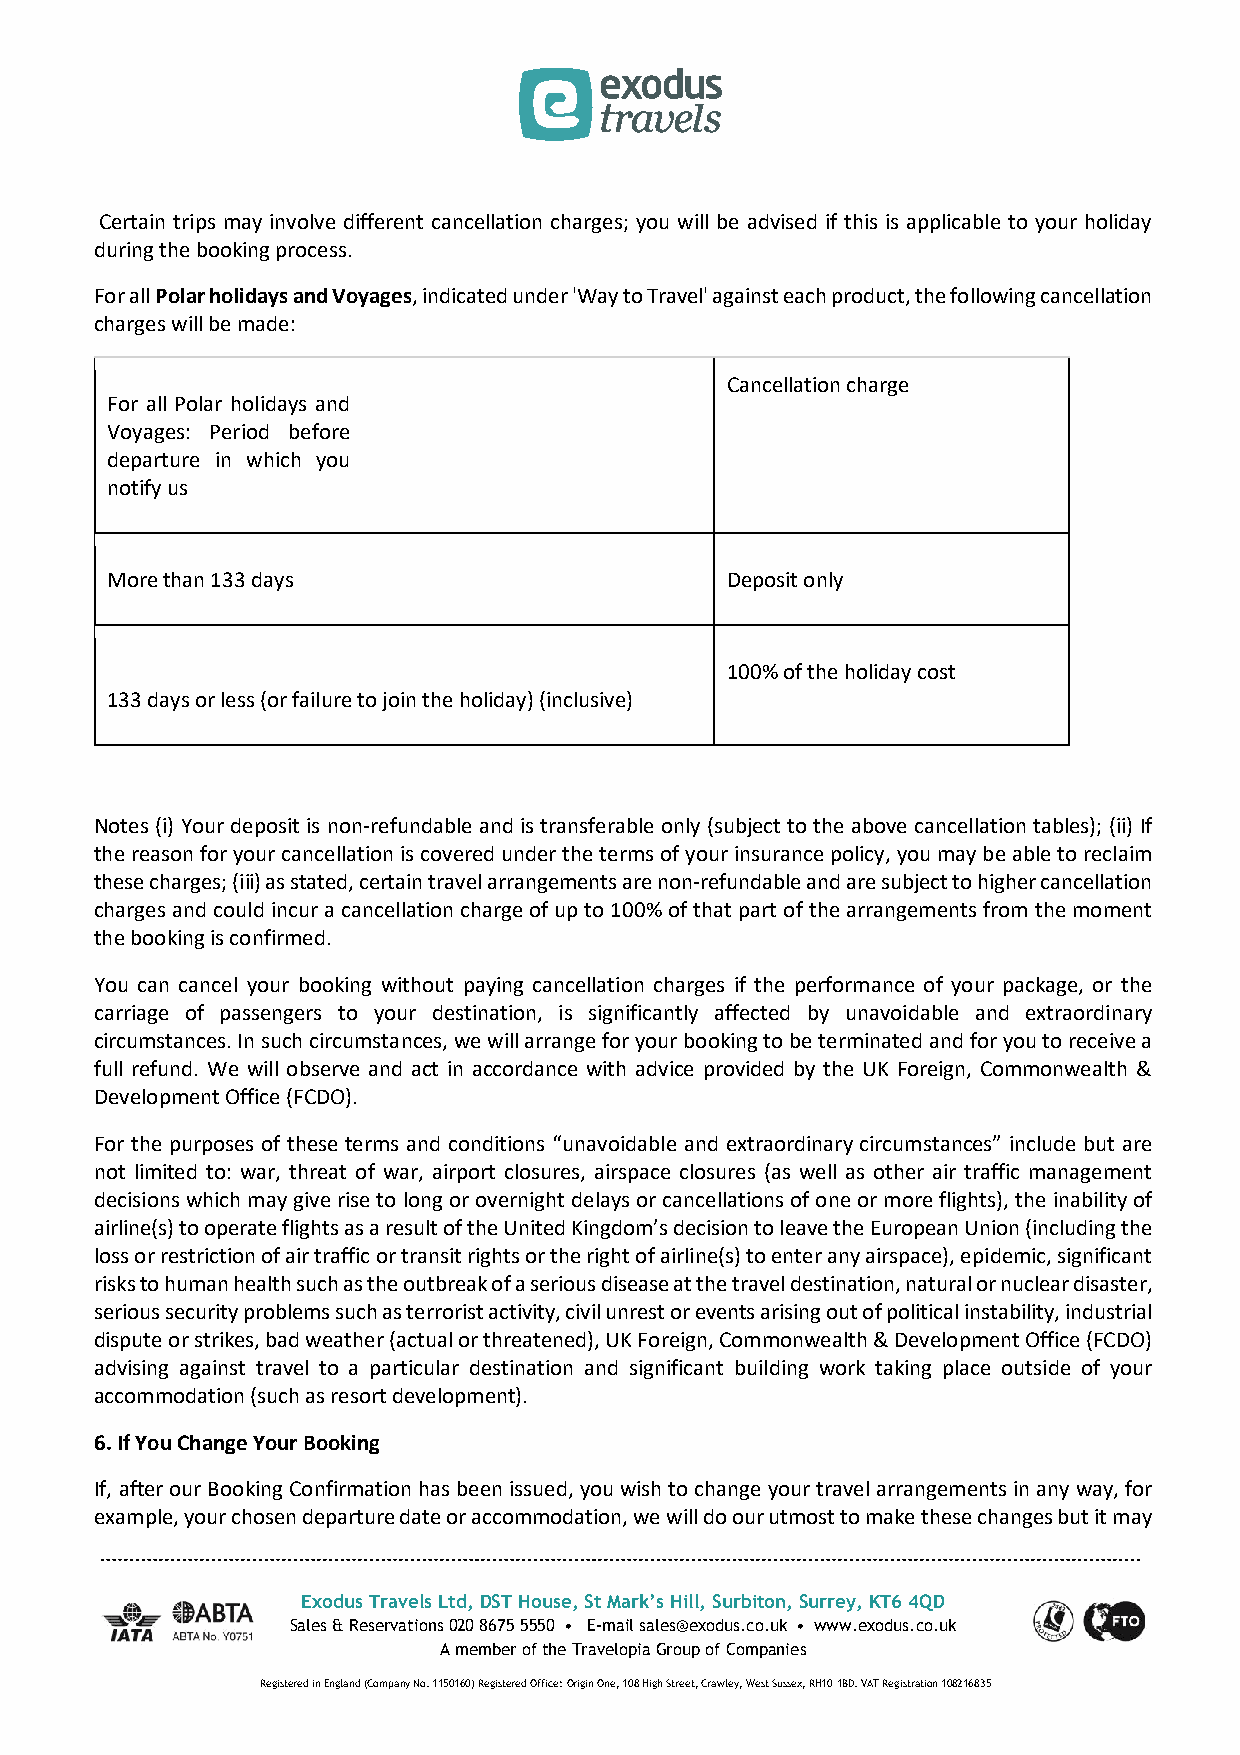
Certain trips may involve different cancellation charges; you will be advised if this is applicable to your holiday
 during the booking process.
 For all Polar holidays and Voyages, indicated under 'Way to Travel' against each product, the following cancellation
 charges will be made:
 Cancellation charge
 For all Polar holidays and
 Voyages: Period before
 departure in which you
 notify us
 More than 133 days                       Deposit only
 100% of the holiday cost
 133 days or less (or failure to join the holiday) (inclusive)
 Notes (i) Your deposit is non-refundable and is transferable only (subject to the above cancellation tables); (ii) If
 the reason for your cancellation is covered under the terms of your insurance policy, you may be able to reclaim
 these charges; (iii) as stated, certain travel arrangements are non-refundable and are subject to higher cancellation
 charges and could incur a cancellation charge of up to 100% of that part of the arrangements from the moment
 the booking is confirmed.
 You can cancel your booking without paying cancellation charges if the performance of your package, or the
 carriage of passengers to your destination, is significantly affected by unavoidable and extraordinary
 circumstances. In such circumstances, we will arrange for your booking to be terminated and for you to receive a
 full refund. We will observe and act in accordance with advice provided by the UK Foreign, Commonwealth &
 Development Office (FCDO).
 For the purposes of these terms and conditions “unavoidable and extraordinary circumstances” include but are
 not limited to: war, threat of war, airport closures, airspace closures (as well as other air traffic management
 decisions which may give rise to long or overnight delays or cancellations of one or more flights), the inability of
 airline(s) to operate flights as a result of the United Kingdom’s decision to leave the European Union (including the
 loss or restriction of air traffic or transit rights or the right of airline(s) to enter any airspace), epidemic, significant
 risks to human health such as the outbreak of a serious disease at the travel destination, natural or nuclear disaster,
 serious security problems such as terrorist activity, civil unrest or events arising out of political instability, industrial
 dispute or strikes, bad weather (actual or threatened), UK Foreign, Commonwealth & Development Office (FCDO)
 advising against travel to a particular destination and significant building work taking place outside of your
 accommodation (such as resort development).
 6. If You Change Your Booking
 If, after our Booking Confirmation has been issued, you wish to change your travel arrangements in any way, for
 example, your chosen departure date or accommodation, we will do our utmost to make these changes but it may
 Exodus Travels Ltd, DST House, St Mark’s Hill, Surbiton, Surrey, KT6 4QD
 Sales & Reservations 020 8675 5550 • E-mail sales@exodus.co.uk • www.exodus.co.uk
 A member of the Travelopia Group of Companies
 Registered in England (Company No. 1150160) Registered Office: Origin One, 108 High Street, Crawley, West Sussex, RH10 1BD. VAT Registration 108216835